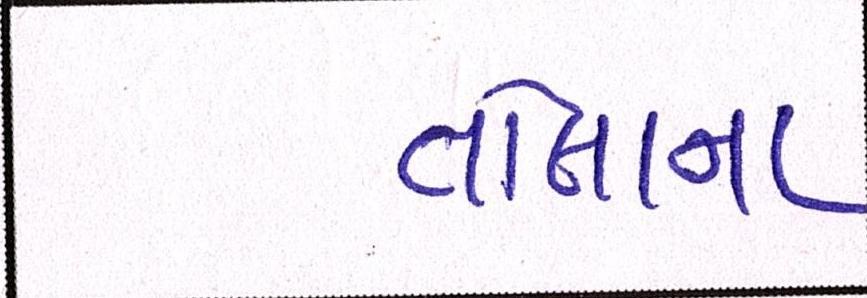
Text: તોલાના